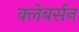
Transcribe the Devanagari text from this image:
क्लेबर्सन